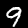
Digit: 9